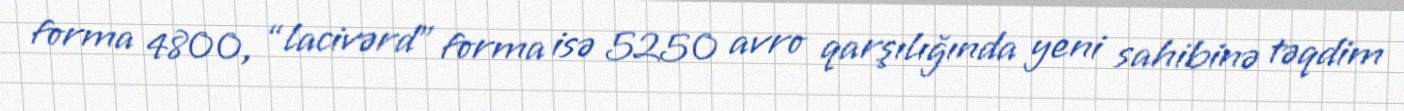
forma 4800, “lacivərd” forma isə 5250 avro qarşılığında yeni sahibinə təqdim